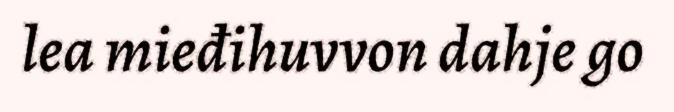
lea mieđihuvvon dahje go